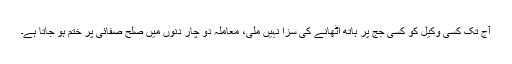
آج تک کسی وکیل کو کسی جج پر ہاتھ اٹھانے کی سزا نہیں ملی، معاملہ دو چار دِنوں میں صلح صفائی پر ختم ہو جاتا ہے۔